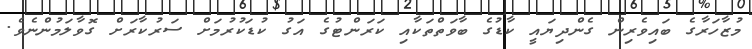
މުޒާހަރާގެ ބައިވެރިން ގެންދިޔައީ ކާޑުގެ ބާވަތްތަކާއި ކަރަންޓުގެ އަގު ކުޑަކުރުމަށް ސަރުކާރަށް ގޮވާލަމުންނެވެ.